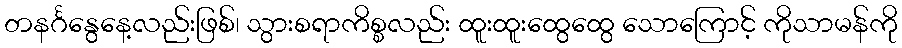
တနင်္ဂနွေနေ့လည်းဖြစ်၊ သွားစရာကိစ္စလည်း ထူးထူးထွေထွေ သောကြောင့် ကိုသာမန်ကို